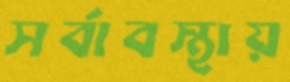
সর্বাবস্থায়